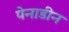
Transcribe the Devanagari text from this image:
पेनाडीन